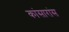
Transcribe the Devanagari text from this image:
कांसारांस